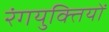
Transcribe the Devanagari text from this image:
रंगयुक्तियों